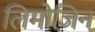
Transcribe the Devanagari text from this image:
लिमोज़िन